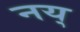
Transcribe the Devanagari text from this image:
नय्